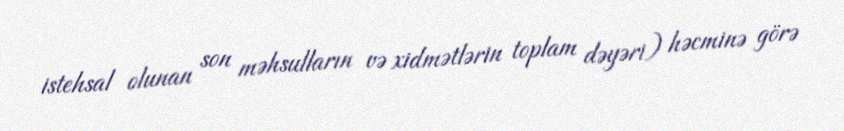
istehsal olunan son məhsulların və xidmətlərin toplam dəyəri) həcminə görə